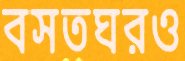
বসতঘরও